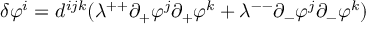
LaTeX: \delta \varphi ^ { i } = d ^ { i j k } ( \lambda ^ { + + } \partial _ { + } \varphi ^ { j } \partial _ { + } \varphi ^ { k } + \lambda ^ { -- } \partial _ { - } \varphi ^ { j } \partial _ { - } \varphi ^ { k } )